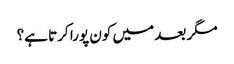
مگر بعد میں کون پورا کرتا ہے؟